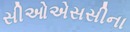
સીઓએસસીના